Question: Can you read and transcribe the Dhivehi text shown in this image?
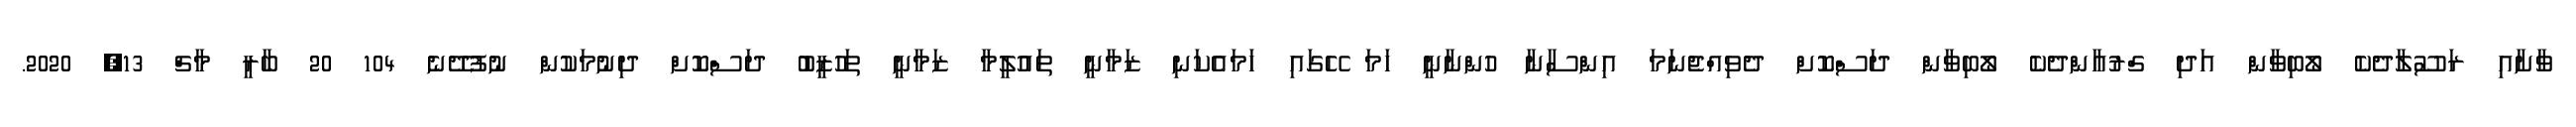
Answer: ވާށާއި ރަސޫލާދެކެ ލޯބިވާން އަދި ގްރުއާންދެކެ ލޯބިވާން ދަސްކޮށް ދެވިއްޖެނަމަ އިންސާނާ ހުންނާނީ ހަމަ ހޭގައި ހަމައެކަނި ޒަމާނީ ތައުލީމާ ޒަމާނީ ތަހުޒީބު ދަސްކޮށް ދިނުމަކުން ނުފުދޭނެ 104 20 ބާރީ މާޗް 13, 2020.